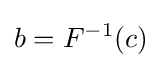
b=F^{-1}(c)